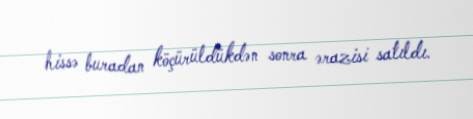
hissə buradan köçürüldükdən sonra ərazisi satıldı.